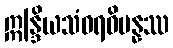
ဣန္ဒြိယသံဝရဝိပန္နဿ